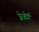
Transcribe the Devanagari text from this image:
जेओर्ग